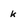
Character: k